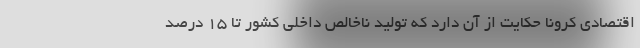
اقتصادی کرونا حکایت از آن دارد که تولید ناخالص داخلی کشور تا ۱۵ درصد